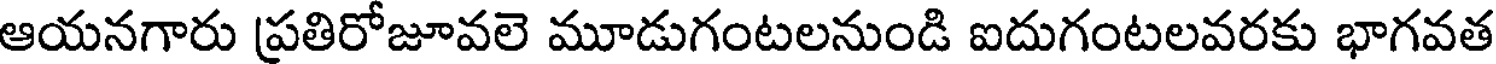
ఆయనగారు ప్రతిరోజూవలె మూడుగంటలనుండి ఐదుగంటలవరకు భాగవత